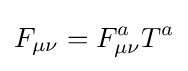
F_{\mu \nu }=F_{\mu \nu }^{a}T^{a}